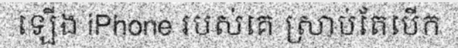
ឡើង iPhone របស់គេ ស្រាប់តែបើក